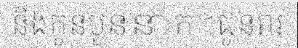
និងកូនបួននាក់។ជូនពរ